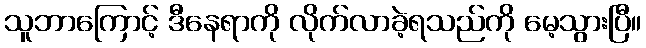
သူဘာကြောင့် ဒီနေရာကို လိုက်လာခဲ့ရသည်ကို မေ့သွားပြီ။